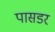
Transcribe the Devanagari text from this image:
पासडर